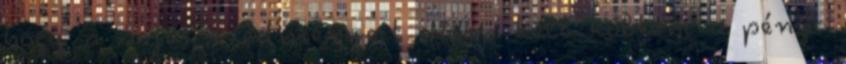
hogy a saját eredményeit. Nem kell költeni a pénzt